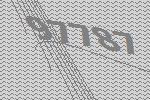
97787